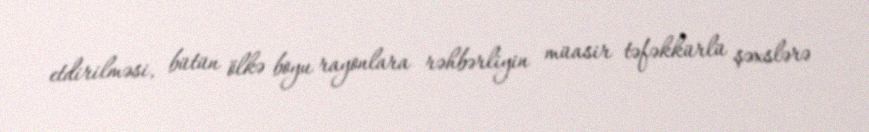
etdirilməsi, bütün ölkə boyu rayonlara rəhbərliyin müasir təfəkkürlü şəxslərə